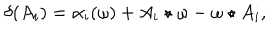
LaTeX: \delta ( A _ { i } ) = \alpha _ { i } ( \omega ) + A _ { i } \star \omega - \omega \star A _ { i } ,